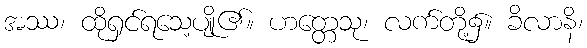
အဿ၊ ထိုရှင်ရသေ့ပျို၏။ ဟတ္တေသု၊ လက်တို့၌။ ခိလာနိ၊